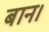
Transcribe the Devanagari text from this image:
बान।